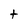
Character: t